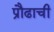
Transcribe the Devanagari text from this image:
प्रौढाची